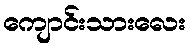
ကျောင်းသားလေး